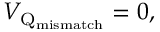
V _ { \mathrm { Q } _ { \mathrm { m i s m a t c h } } } = 0 ,